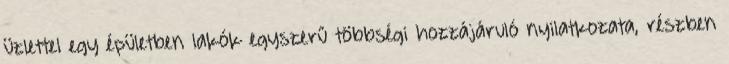
üzlettel egy épületben lakók egyszerű többségi hozzájáruló nyilatkozata, részben